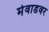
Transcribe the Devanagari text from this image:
मेवाडवर